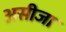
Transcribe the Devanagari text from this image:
असीजा